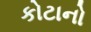
કોટાનો